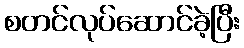
စတင်လုပ်ဆောင်ခဲ့ပြီး